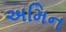
અમિન